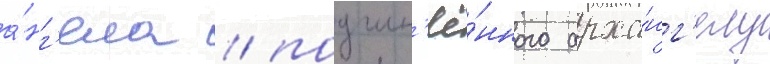
а́нг'ела / подчин'ё́нного арха́нг'елу